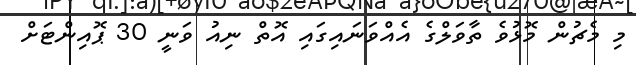
މި މެޗުން މޮޅުވެ ތާވަލްގެ އެއްވަނައިގައި އޮތް ނިއު ވަނީ 30 ޕޮއިންޓަށް